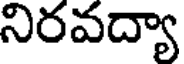
నిరవద్యా